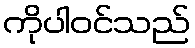
ကိုပါဝင်သည်